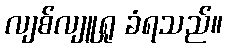
လျစ်လျူရှု ခံရသည်။